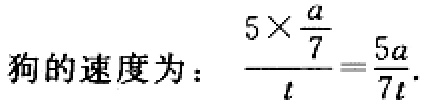
狗的速度为：\(\frac{5\times\frac{a}{7}}{t}=\frac{5a}{7t}\)